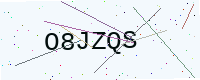
Text: O8JZQS